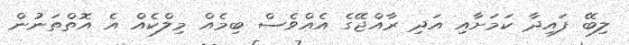
ލިބޭ ފައިދާ ކަމަށާއި އަދި ރާއްޖޭގެ އެއްވެސް ބިމެއް މިލްކެއް އެ އޮތްތަނުން